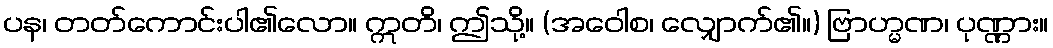
ပန၊ တတ်ကောင်းပါ၏လော။ ဣတိ၊ ဤသို့။ (အဝေါစ၊ လျှောက်၏။) ဗြာဟ္မဏ၊ ပုဏ္ဏား။